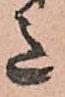
意